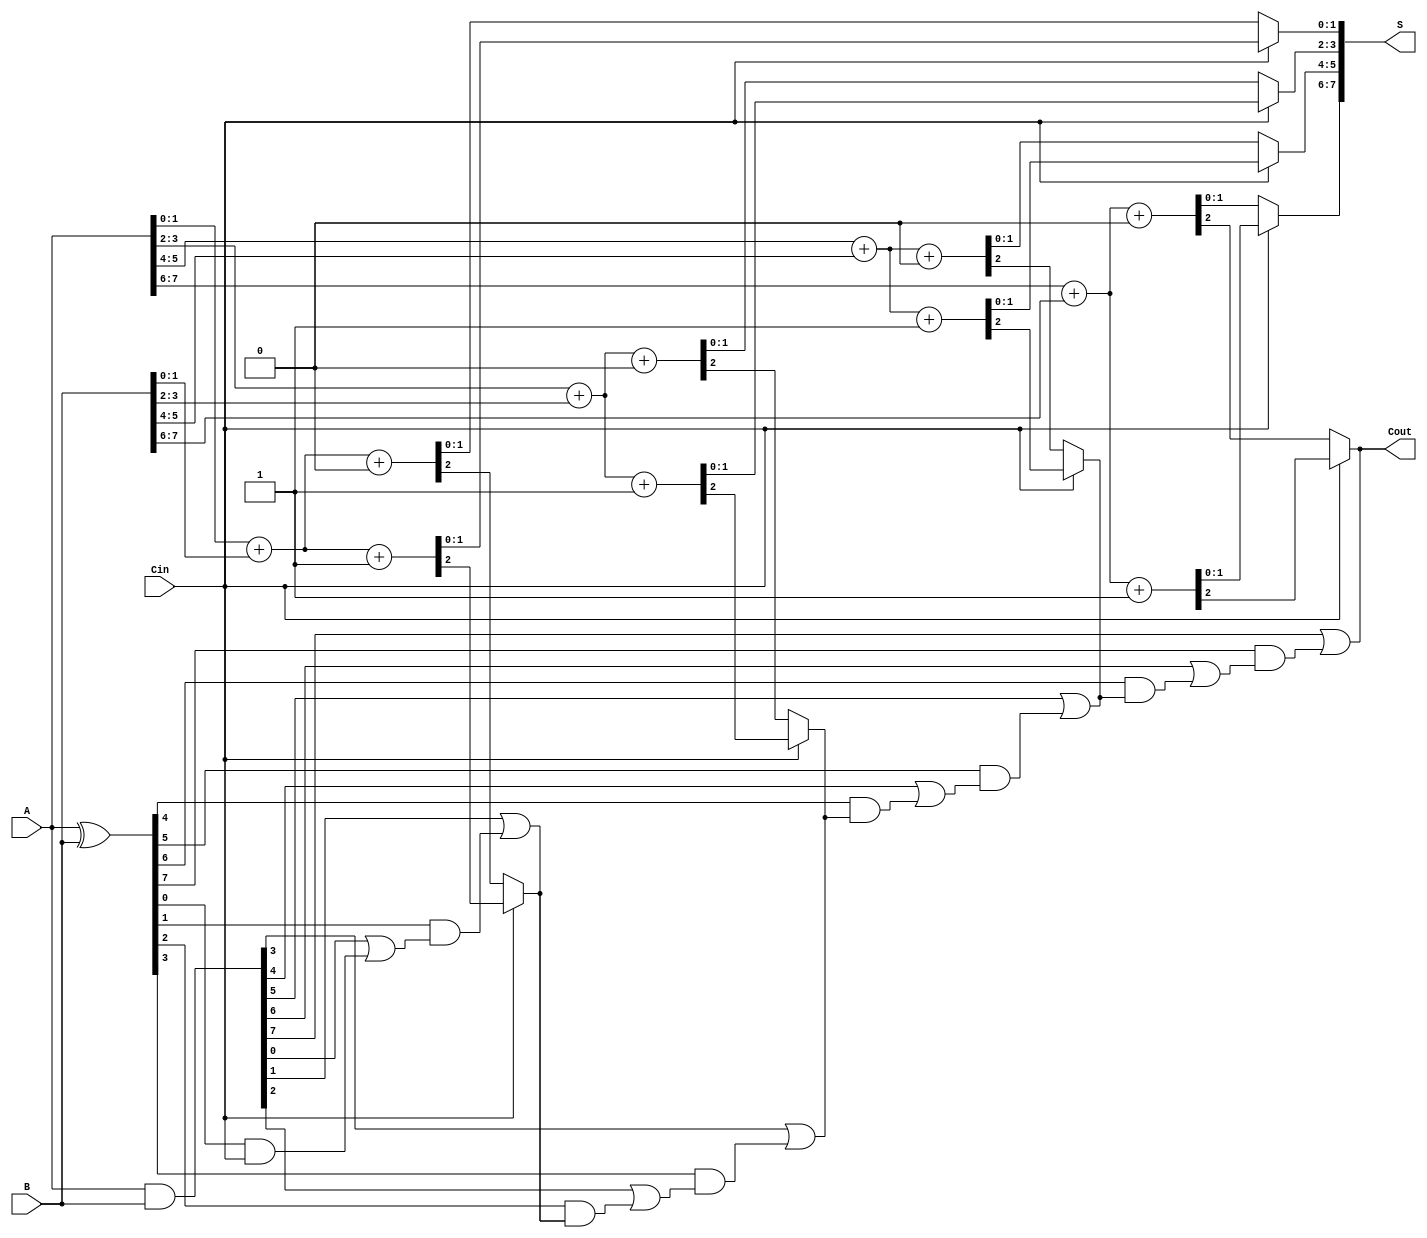
module carry_select_adder #(
    parameter N = 8 // Parameter for the number of bits
)(
    input [N-1:0] A, // First n-bit input
    input [N-1:0] B, // Second n-bit input
    input Cin,       // Input carry
    output [N-1:0] S, // Output sum
    output Cout      // Output carry
);

    // Internal wires for carry generation
    wire [N:0] C; // Carry outputs for each segment
    wire [N-1:0] S0, S1; // Sum outputs for Cin=0 and Cin=1
    wire [N-1:0] P, G; // Propagate and generate signals
    
    // Generate propagate and generate signals
    assign P = A ^ B; // Propagate
    assign G = A & B; // Generate

    // Carry Lookahead Logic
    assign C[0] = Cin; // Initial carry input
    genvar i;
    generate
        for (i = 0; i < N; i = i + 1) begin : carry_logic
            assign C[i + 1] = G[i] | (P[i] & C[i]);
        end
    endgenerate

    // 2-bit carry select adder for each segment
    // Assuming 2-bit segments for simplicity
    generate
        for (i = 0; i < N; i = i + 2) begin : adder_segment
            wire [1:0] A_seg = A[i +: 2];
            wire [1:0] B_seg = B[i +: 2];

            // Sum and carry for Cin = 0
            wire [1:0] S_temp0;
            wire C_temp0;
            assign {C_temp0, S_temp0} = A_seg + B_seg + 2'b00; 

            // Sum and carry for Cin = 1
            wire [1:0] S_temp1;
            wire C_temp1;
            assign {C_temp1, S_temp1} = A_seg + B_seg + 2'b01; 

            // Select the correct sum and carry based on Cin
            assign S[i +: 2] = (Cin) ? S_temp1 : S_temp0;
            assign C[i + 2] = (Cin) ? C_temp1 : C_temp0;
        end
    endgenerate

    // Final carry out
    assign Cout = C[N];

endmodule